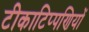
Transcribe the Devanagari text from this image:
टीकाटिप्पणियों